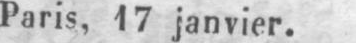
Paris, 17 janvier.